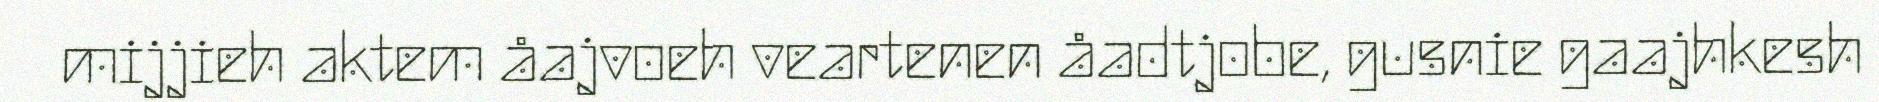
mijjieh aktem åajvoeh veartenen åadtjobe, gusnie gaajhkesh